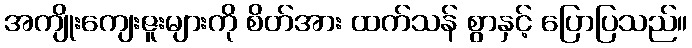
အကျိုးကျေးဇူးများကို စိတ်အား ထက်သန် စွာနှင့် ပြောပြသည်။